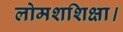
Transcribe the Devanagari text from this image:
लोमशशिक्षा।